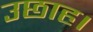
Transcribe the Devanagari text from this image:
उछाह।